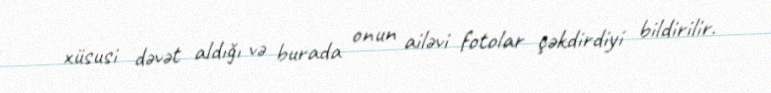
xüsusi dəvət aldığı və burada onun ailəvi fotolar çəkdirdiyi bildirilir.